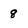
Character: 8